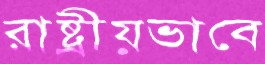
রাষ্ট্রীয়ভাবে